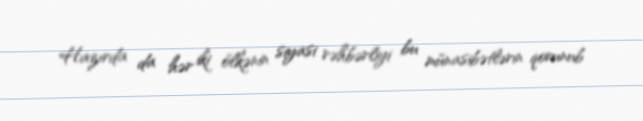
Hazırda da hər iki ölkənin siyasi rəhbərliyi bu münasibətlərin qorunub